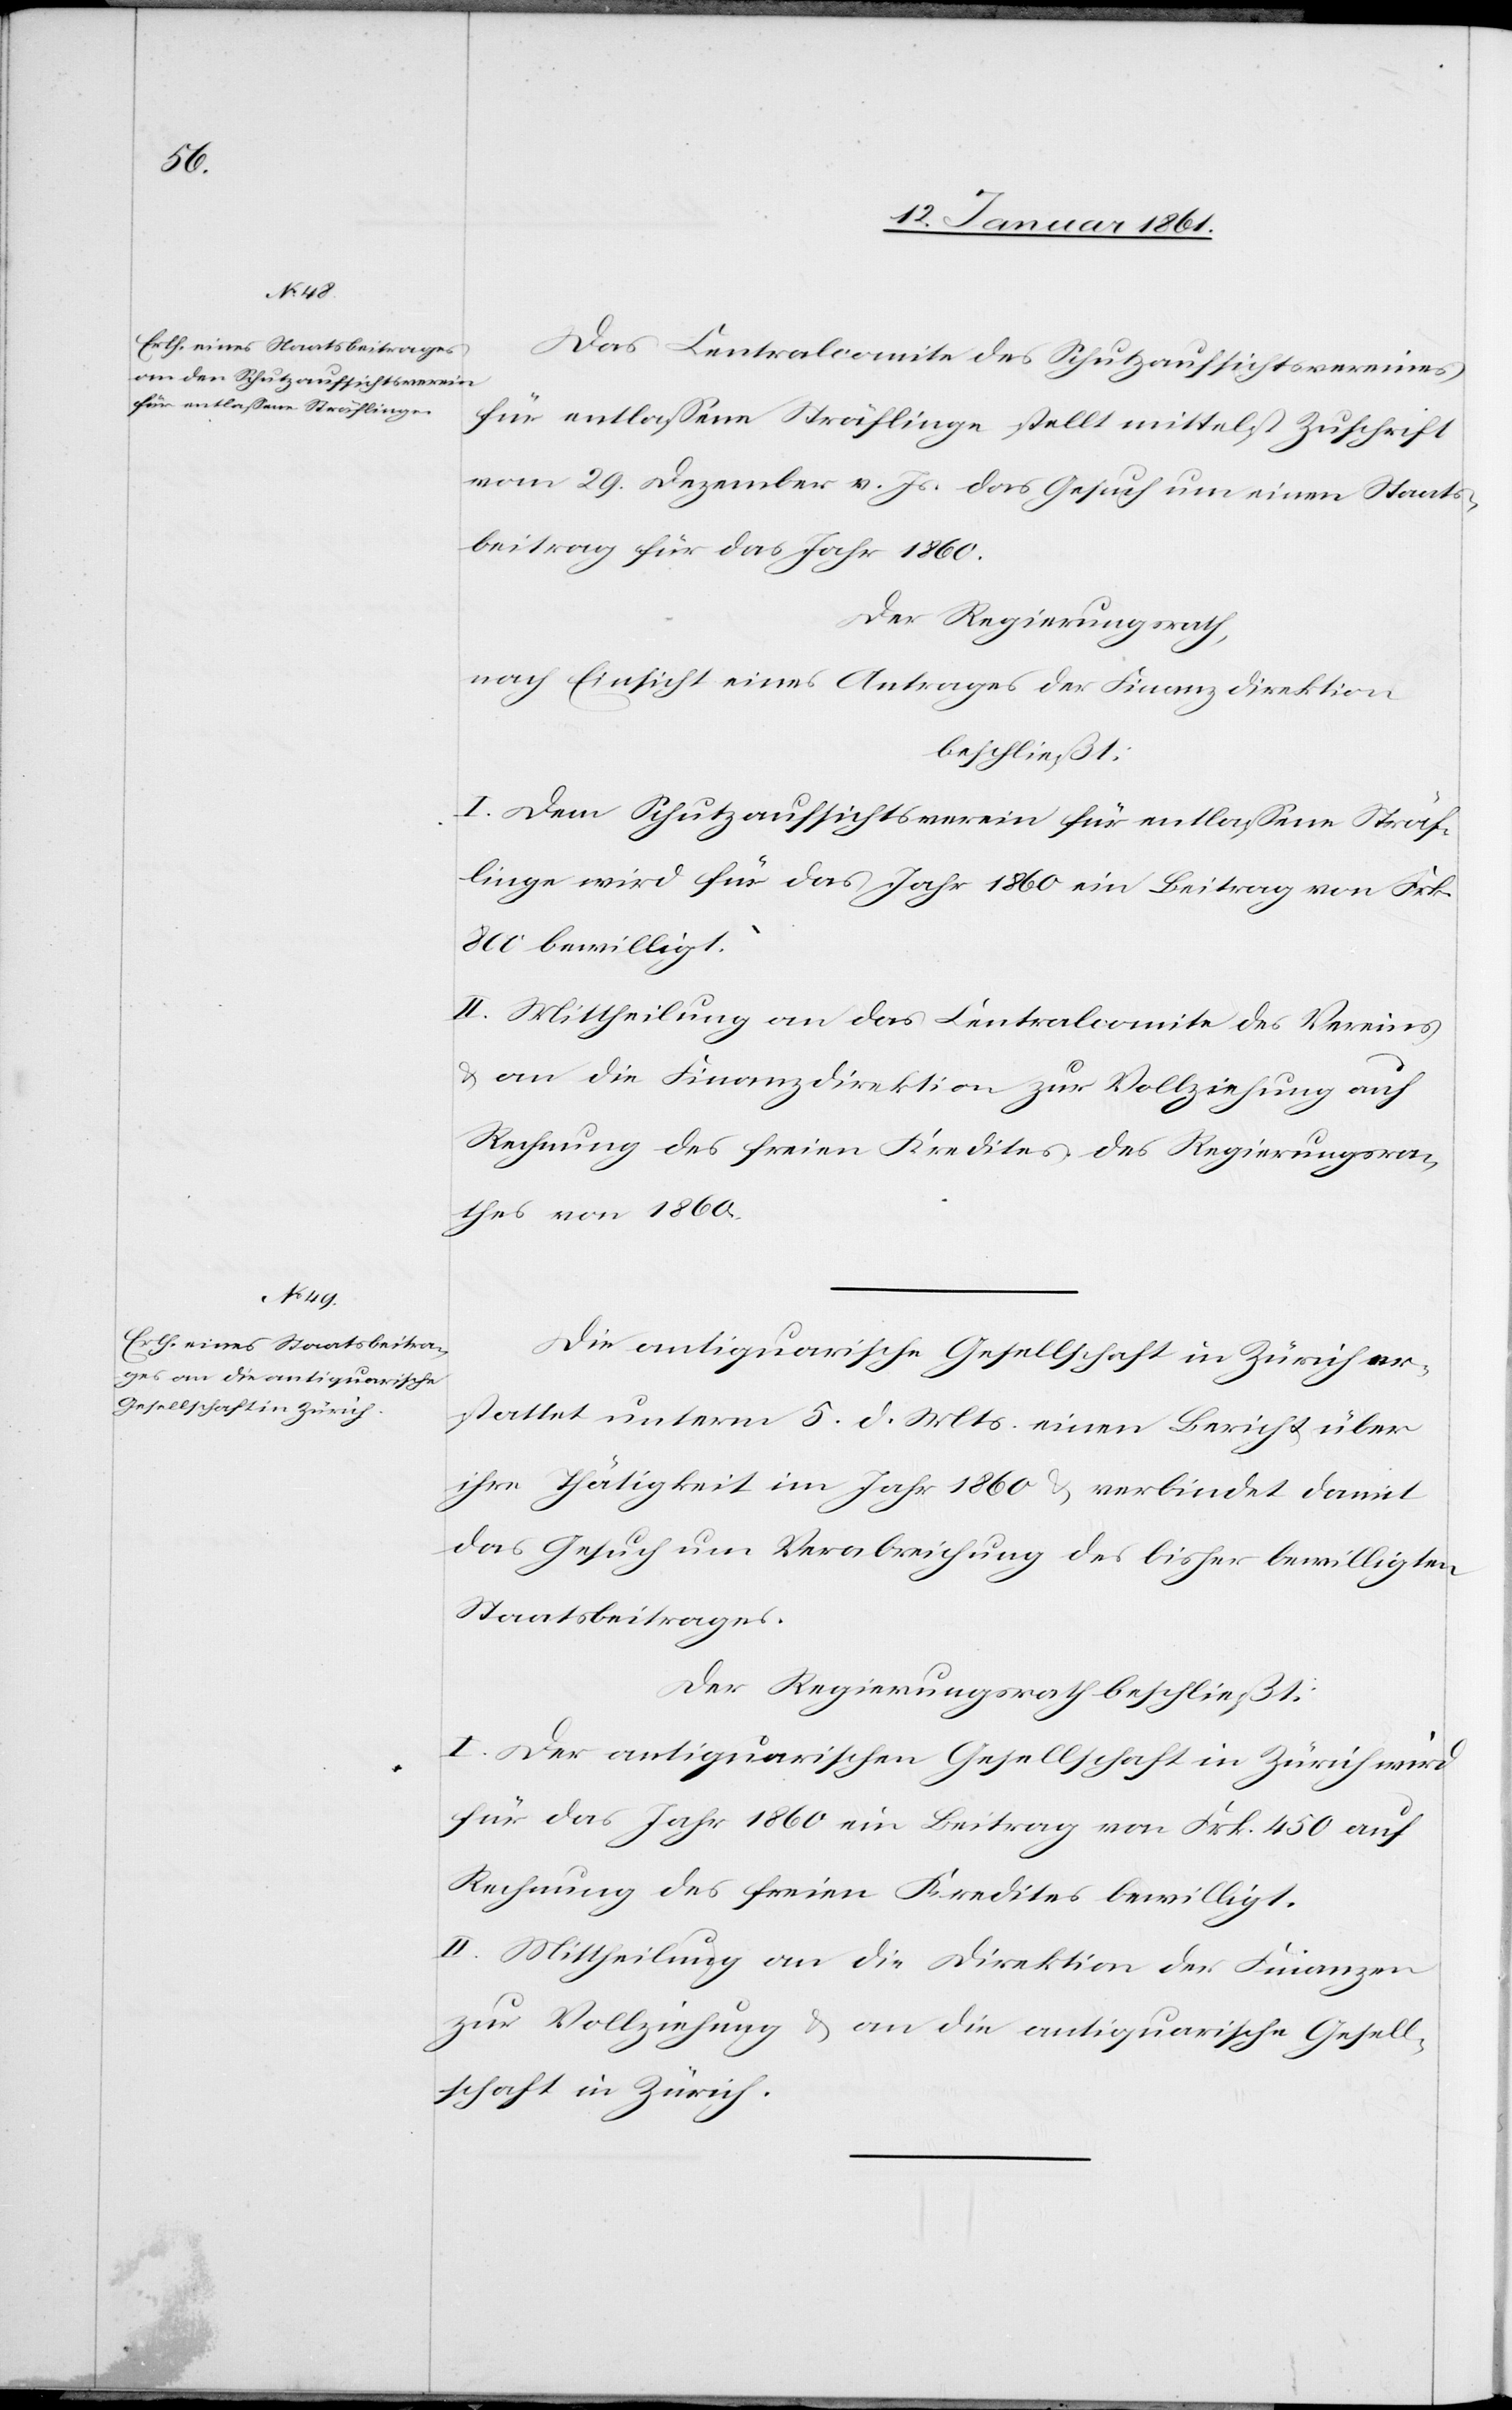
Das Centralcomite des Schutzaufsichtsvereines
für entlassene Sträflinge stellt mittelst Zuschrift
vom 29. Dezember v. Js. das Gesuch um einen Staats¬
beitrag für das Jahr 1860.
Der Regierungsrath,
nach Einsicht eines Antrages der Finanzdirektion
beschließt:
I. Dem Schutzaufsichtsverein für entlassene Sträf¬
linge wird für das Jahr 1860 ein Beitrag von Frk.
800 bewilligt.
II. Mittheilung an das Centralcomite des Vereins
u. an die Finanzdirektion zur Vollziehung auf
Rechnung des freien Kredites des Regierungsra¬
thes von 1860.
Die antiquarische Gesellschaft in Zürich er¬
stattet unterm 5. d. Mts. einen Bericht über
ihre Thätigkeit im Jahr 1860 u. verbindet damit
das Gesuch um Verabreichung des bisher bewilligten
Staatsbeitrages.
Der Regierungsrath beschließt:
I. Der antiquarischen Gesellschaft in Zürich wird
für das Jahr 1860 ein Beitrag von Frk. 450 auf
Rechnung des freien Kredites bewilligt.
II. Mittheilung an die Direktion der Finanzen
zur Vollziehung u. an die antiquarische Gesell¬
schaft in Zürich.